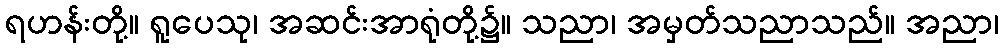
ရဟန်းတို့။ ရူပေသု၊ အဆင်းအာရုံတို့၌။ သညာ၊ အမှတ်သညာသည်။ အညာ၊